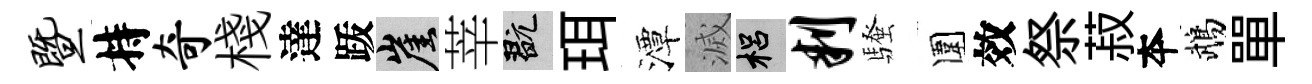
暨持奇棧達䟦崖莘玩珥潭滅梠判騷圍效祭菽夲鵡單